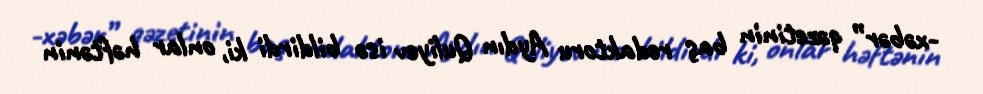
-xəbər” qəzetinin baş redaktoru Aydın Quliyev isə bildirdi ki, onlar həftənin